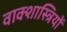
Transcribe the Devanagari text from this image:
वाक्शास्त्रियों